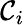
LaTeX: \mathcal{C}_{i}